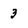
Character: 3